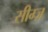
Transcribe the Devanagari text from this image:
सीम्ज़